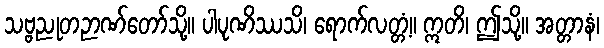
သဗ္ဗညုတဉာဏ်တော်သို့။ ပါပုဏိဿသိ၊ ရောက်လတ္တံ့။ ဣတိ၊ ဤသို့။ အတ္တာနံ၊